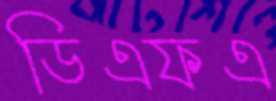
ডিএফএ